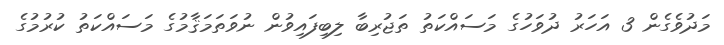
މަދުވެގެން 3 އަހަރު ދުވަހުގެ މަސައްކަތު ތަޖުރިބާ ލިބިފައިވުން ނުވަތަމަޤާމުގެ މަސައްކަތު ކުރުމުގެ